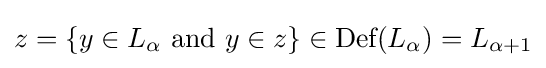
z=\{y\in L_{\alpha }\ {\text{and}}\ y\in z\}\in {\textrm {Def}}(L_{\alpha })=L_{\alpha +1}